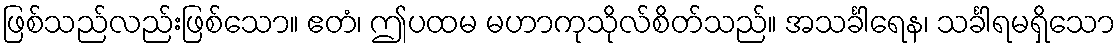
ဖြစ်သည်လည်းဖြစ်သော။ ဧတံ၊ ဤပထမ မဟာကုသိုလ်စိတ်သည်။ အသင်္ခါရေန၊ သင်္ခါရမရှိသော